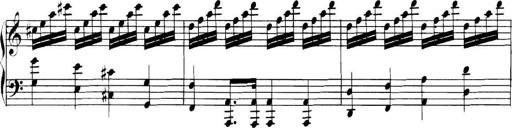
Title: Collected Piano Sonatas
Composer: Muzio Clementi